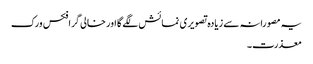
یہ مصورانہ سے زیادہ تصویری نمائش لگے گا اور خالی گرافکس ورک
معذرت۔